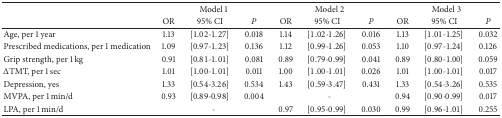
<table><thead><tr><td><b> </b></td><td colspan="3"><b>Model 1</b></td><td colspan="3"><b>Model 2</b></td><td colspan="3"><b>Model 3</b></td></tr><tr><td><b> </b></td><td><b>OR</b></td><td><b>95% CI</b></td><td><b><i>P</i></b></td><td><b>OR</b></td><td><b>95% CI</b></td><td><b><i>P</i></b></td><td><b>OR</b></td><td><b>95% CI</b></td><td><b><i>P</i></b></td></tr></thead><tbody><tr><td>Age, per 1 year</td><td>1.13</td><td>[1.02-1.27]</td><td>0.018</td><td>1.14</td><td>[1.02-1.26]</td><td>0.016</td><td>1.13</td><td>[1.01-1.25]</td><td>0.032</td></tr><tr><td>Prescribed medications, per 1 medication</td><td>1.09</td><td>[0.97-1.23]</td><td>0.136</td><td>1.12</td><td>[0.99-1.26]</td><td>0.053</td><td>1.10</td><td>[0.97-1.24]</td><td>0.126</td></tr><tr><td>Grip strength, per 1 kg</td><td>0.91</td><td>[0.81-1.01]</td><td>0.081</td><td>0.89</td><td>[0.79-0.99]</td><td>0.041</td><td>0.89</td><td>[0.80-1.00]</td><td>0.059</td></tr><tr><td>ΔTMT, per 1 sec</td><td>1.01</td><td>[1.00-1.01]</td><td>0.011</td><td>1.00</td><td>[1.00-1.01]</td><td>0.026</td><td>1.01</td><td>[1.00-1.01]</td><td>0.017</td></tr><tr><td>Depression, yes</td><td>1.33</td><td>[0.54-3.26]</td><td>0.534</td><td>1.43</td><td>[0.59-3.47]</td><td>0.431</td><td>1.33</td><td>[0.54-3.26]</td><td>0.535</td></tr><tr><td>MVPA, per 1 min/d</td><td>0.93</td><td>[0.89-0.98]</td><td>0.004</td><td colspan="3">-</td><td>0.94</td><td>[0.90-0.99]</td><td>0.017</td></tr><tr><td>LPA, per 1 min/d</td><td colspan="3">-</td><td>0.97</td><td>[0.95-0.99]</td><td>0.030</td><td>0.99</td><td>[0.96-1.01]</td><td>0.255</td></tr></tbody></table>